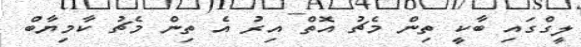
ލީގްގައި ބާކީ ތިން މެޗު އޮތް އިރު އެ ތިން މެޗު ކާމިޔާބް